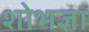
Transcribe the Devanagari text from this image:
शोभज्ञा